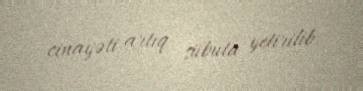
cinayəti artıq sübuta yetirilib.